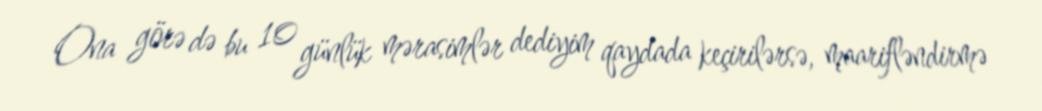
Ona görə də bu 10 günlük mərasimlər dediyim qaydada keçirilərsə, maarifləndirmə